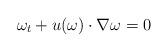
LaTeX: \begin{align*} \omega_t + u(\omega)\cdot\nabla \omega =0 \end{align*}